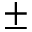
\pm